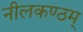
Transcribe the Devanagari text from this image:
नीलकण्ठम्